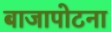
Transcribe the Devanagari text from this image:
बाजापोटना